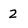
Character: 2